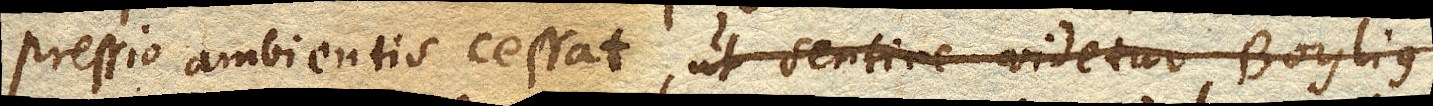
pressio ambientis cessat, ut sentire videtur Boylius,